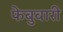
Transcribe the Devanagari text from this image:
फेबुवारी